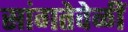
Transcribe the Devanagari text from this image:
सांगतेवेळीं